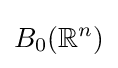
B_{0}(\mathbb {R} ^{n})